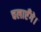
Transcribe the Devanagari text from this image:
चलाएँगे।